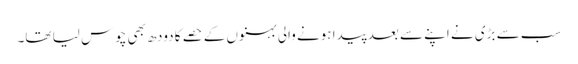
سب سے بڑی نے اپنے سے بعد پیدا ہونے والی بہنوں کے حصے کا دودھ بھی چوس لیا تھا۔